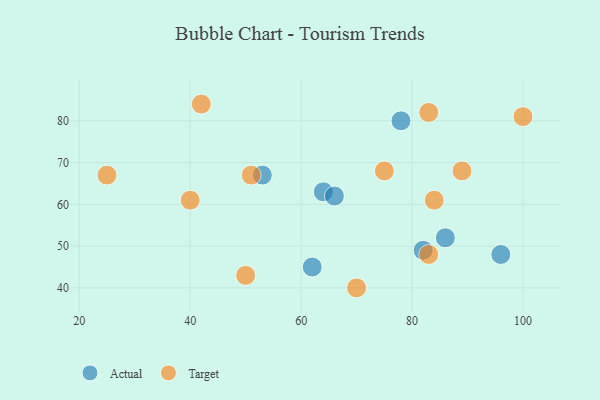
{"axis": {"x": "GDP", "y": "Life Expectancy"}, "legend": ["Actual", "Target"], "data": [{"x": "62", "y": 45, "type": "Actual"}, {"x": "78", "y": 80, "type": "Actual"}, {"x": "64", "y": 63, "type": "Actual"}, {"x": "66", "y": 62, "type": "Actual"}, {"x": "86", "y": 52, "type": "Actual"}, {"x": "53", "y": 67, "type": "Actual"}, {"x": "96", "y": 48, "type": "Actual"}, {"x": "82", "y": 49, "type": "Actual"}, {"x": "25", "y": 67, "type": "Target"}, {"x": "83", "y": 48, "type": "Target"}, {"x": "40", "y": 61, "type": "Target"}, {"x": "84", "y": 61, "type": "Target"}, {"x": "89", "y": 68, "type": "Target"}, {"x": "75", "y": 68, "type": "Target"}, {"x": "42", "y": 84, "type": "Target"}, {"x": "50", "y": 43, "type": "Target"}, {"x": "83", "y": 82, "type": "Target"}, {"x": "70", "y": 40, "type": "Target"}, {"x": "100", "y": 81, "type": "Target"}, {"x": "51", "y": 67, "type": "Target"}]}